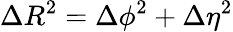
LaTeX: \Delta R^{2}=\Delta\phi^{2}+\Delta\eta^{2}